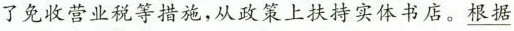
了免收营业税等措施，从政策上扶持实体书店。\underline{根据}